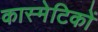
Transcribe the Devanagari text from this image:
कास्मेटिकों